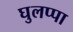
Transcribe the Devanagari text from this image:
घुलप्पा